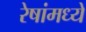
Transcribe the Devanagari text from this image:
रेषांमध्ये